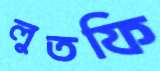
লুতফি